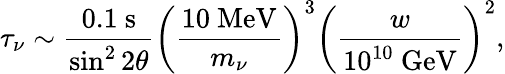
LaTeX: \tau_{\nu}\sim\frac{0.1\mathrm{~s}}{\sin^{2}2\theta}\left(\frac{10\mathrm{~MeV}}{m_{\nu}}\right)^{3}\left(\frac{w}{10^{10}\mathrm{~GeV}}\right)^{2},